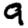
Digit: 9